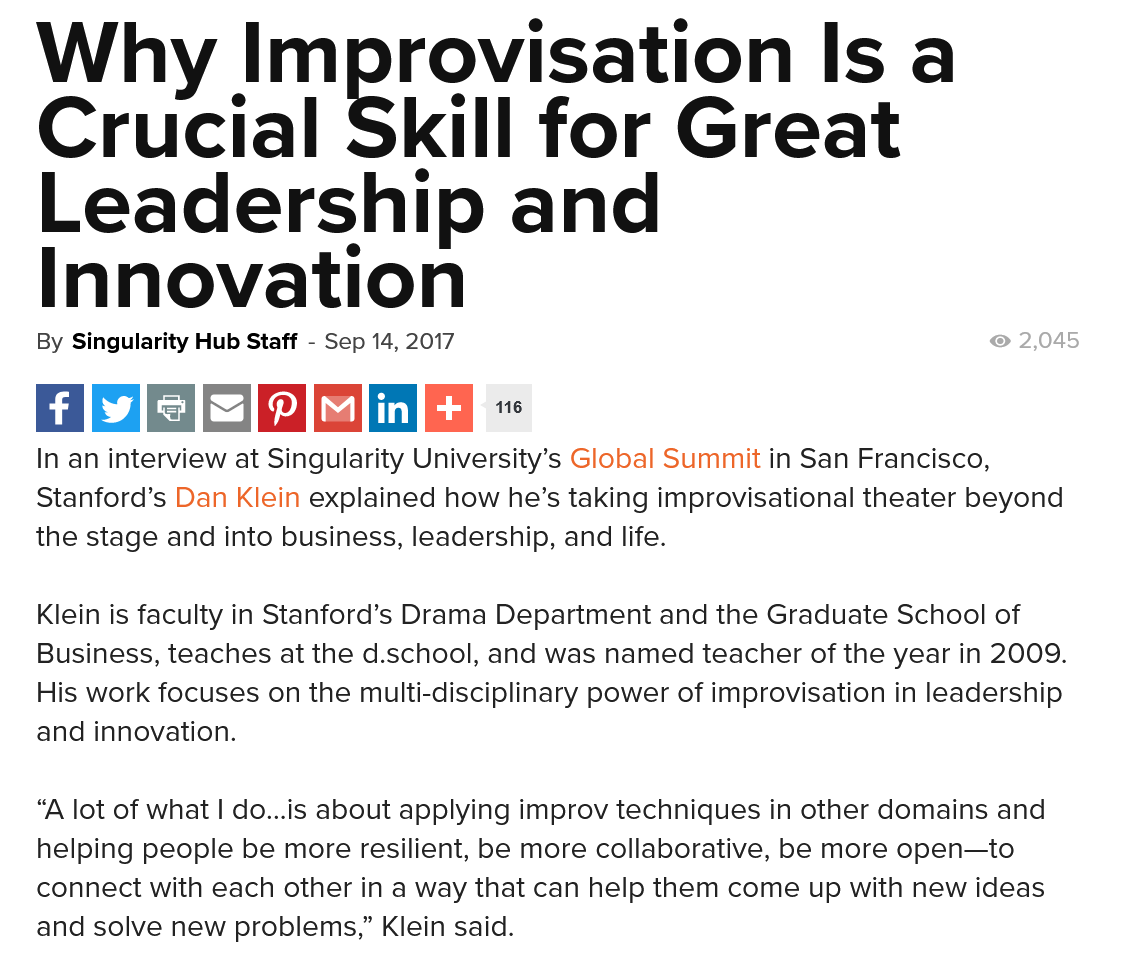
By Singularity Hub Staff
     -
     Sep 14, 2017
     116 ig
   “A lot of what | do...is about applying improv techniques in other domains and
   helping people be more resilient, be more collaborative, be more open—to
   connect with each other in a way that can help them come up with new ideas
   and solve new problems,” Klein said.
   Klein is faculty in Stanford’s Drama Department and the Graduate School of
   Business, teaches at the d.school, and was named teacher of the year in 2009.
   His work focuses on the multi-disciplinary power of improvisation in leadership
   and innovation.
   In an interview at Singularity University’s Global Summit in San Francisco,
   Stanford’s Dan Klein explained how he’s taking improvisational theater beyond
   the stage and into business, leadership, and life.
   Why    Improvisation    Is    a
   Crucial    Skill    for    Great
   Leadership    and
   Innovation